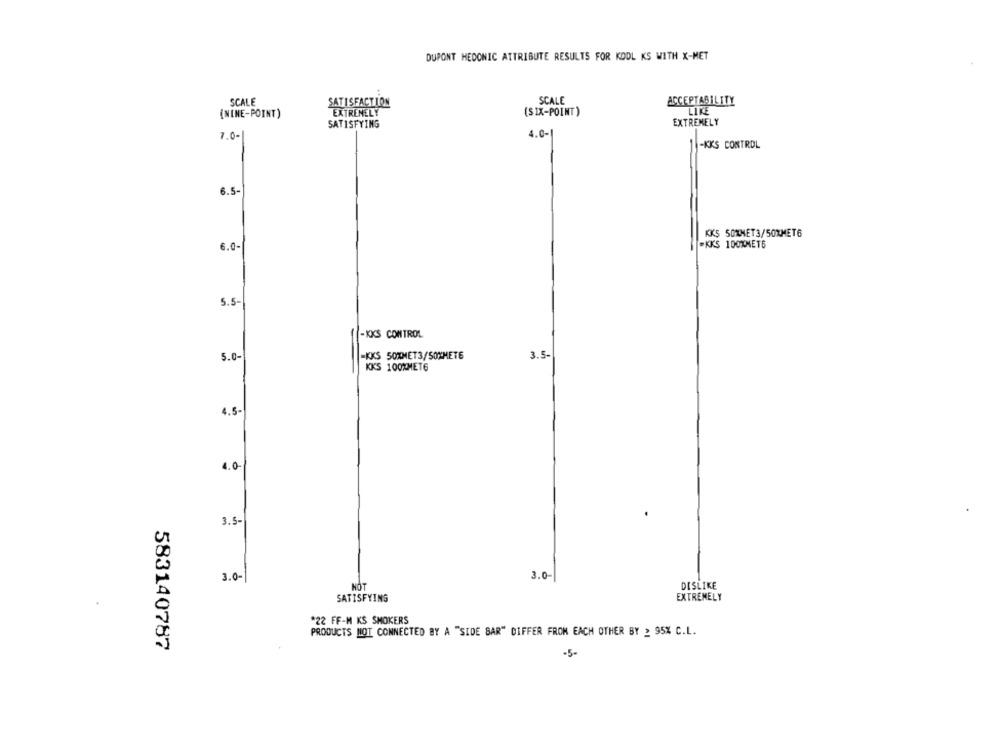
DUPONT HEDONIC ATTRIBUTE RESULTS FOR KOOL KS WITH X-MET
SCALE
SATISFACTION
SCALE
ACCEPTABILITY
EXTREMELY
(SIX-POINT)
LIKE
(NINE-POINT)
EXTREMELY
SATISFYING
7.0-
4.0-
-KKS CONTROL
6.5-
KKS 50XHET3/50%MET6
6.0-
PKKS 100%MET6
5.5-
-KKS CONTROL
5.0
-KKS 50%MET3/SOXMETE
3.5-
KKS 100%MET6
4.5-
4.0
3.5-
3.0-
3.0
NOT
DISLIKE
SATISFYING
EXTREMELY
*22 FF-M KS SMOKERS
PRODUCTS MOT CONNECTED BY A "SIDE BAR" DIFFER FROM EACH OTHER BY 2 95% C.L.
583140787
.5